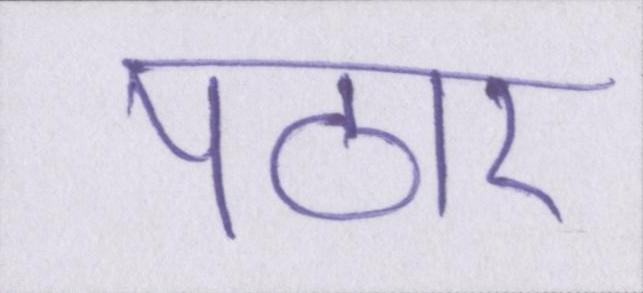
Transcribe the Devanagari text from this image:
पठार